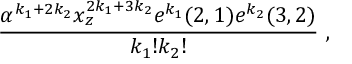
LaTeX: { \frac { \alpha ^ { k _ { 1 } + 2 k _ { 2 } } x _ { z } ^ { 2 k _ { 1 } + 3 k _ { 2 } } e ^ { k _ { 1 } } ( 2 , 1 ) e ^ { k _ { 2 } } ( 3 , 2 ) } { k _ { 1 } ! k _ { 2 } ! } } \ ,